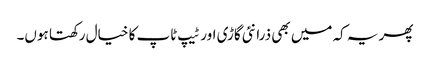
پھر یہ کہ میں بھی ذرا نئی گاڑی اور ٹیپ ٹاپ کا خیال رکھتا ہوں۔